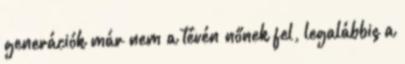
generációk már nem a tévén nőnek fel, legalábbis a